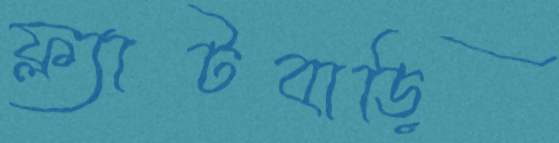
ফ্ল্যাটবাড়ি